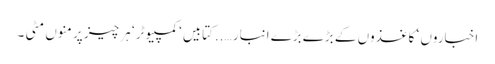
اخباروں ‘ کاغذوں کے بڑے بڑے انبار …..کتابیں‘ کمپیوٹر ‘ ہر چیز پر منوں مٹی ۔